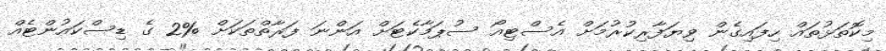
މިކޮތަޅުތައް ހިފައިގެން ވިޔަފާރިކުރުމަށް އެސްޓިއޯ ސުޕަމާކެޓަށް އަންނަ ފަރާތްތަކަށް %2 ގެ ޑިސްކައުންޓެއް